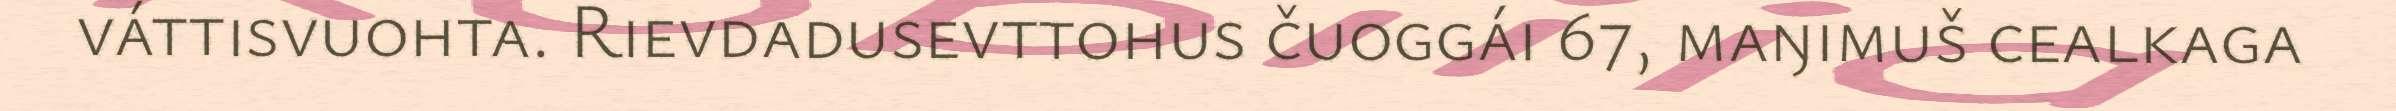
váttisvuohta. Rievdadusevttohus čuoggái 67, maŋimuš cealkaga